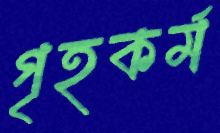
গৃহকর্ম